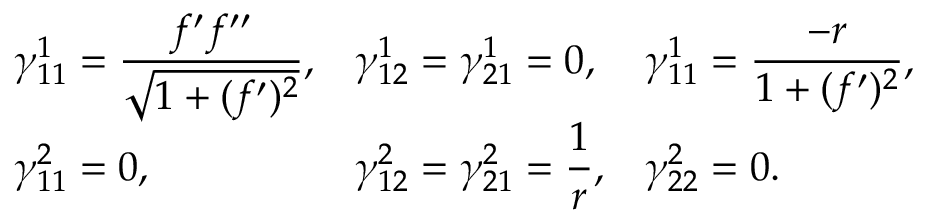
\begin{array} { l l l } { \gamma _ { 1 1 } ^ { 1 } = \displaystyle \frac { f ^ { \prime } f ^ { \prime \prime } } { \sqrt { 1 + ( f ^ { \prime } ) ^ { 2 } } } , } & { \gamma _ { 1 2 } ^ { 1 } = \gamma _ { 2 1 } ^ { 1 } = 0 , } & { \gamma _ { 1 1 } ^ { 1 } = \displaystyle \frac { - r } { 1 + ( f ^ { \prime } ) ^ { 2 } } , } \\ { \gamma _ { 1 1 } ^ { 2 } = 0 , } & { \gamma _ { 1 2 } ^ { 2 } = \gamma _ { 2 1 } ^ { 2 } = \displaystyle \frac { 1 } { r } , } & { \gamma _ { 2 2 } ^ { 2 } = 0 . } \end{array}